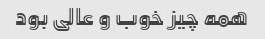
همه چیز خوب و عالی بود